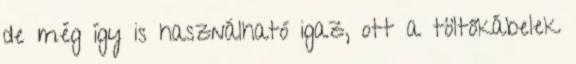
de még így is használható igaz, ott a töltőkábelek